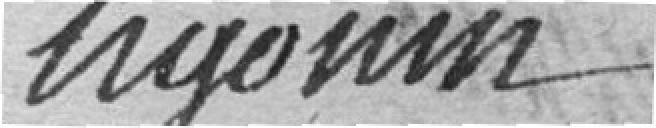
ugonin